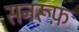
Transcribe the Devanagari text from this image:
सनरूफ़